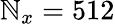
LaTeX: \mathbb{N}_{x}=512